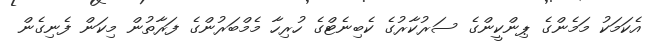
އެކަަމަކު މަމެންގެ ޕިންކީންގެ ސަރުކާރުގެ ކެބިނެޓްގެ ހުރިހާ މެމްބަރުންގެ ފަރާތުން މިކަން ފެނިގެން